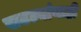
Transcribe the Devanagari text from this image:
खटल्यांनाही